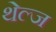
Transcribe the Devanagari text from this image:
थेल्ज